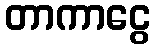
တာကာငွေ